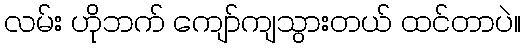
လမ်း ဟိုဘက် ကျော်ကျသွားတယ် ထင်တာပဲ။